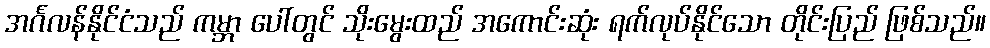
အင်္ဂလန်နိုင်ငံသည် ကမ္ဘာ ပေါ်တွင် သိုးမွေးထည် အကောင်းဆုံး ရက်လုပ်နိုင်သော တိုင်းပြည် ဖြစ်သည်။